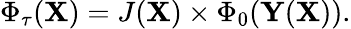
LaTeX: \begin{array}{r}{\Phi_{\tau}(\mathbf{X})=J(\mathbf{X})\times\Phi_{0}(\mathbf{Y}(\mathbf{X})).}\end{array}